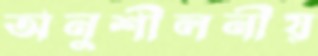
অনুশীলনীয়